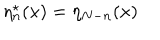
LaTeX: \eta _ { n } ^ { \star } ( x ) = \eta _ { N - n } ( x )